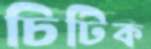
চিটিক